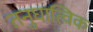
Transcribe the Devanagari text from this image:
तनुघात्विक